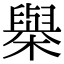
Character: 𣝑